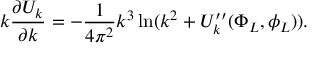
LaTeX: k { \frac { \partial U _ { k } } { \partial k } } = - { \frac { 1 } { 4 \pi ^ { 2 } } } k ^ { 3 } \ln ( k ^ { 2 } + U _ { k } ^ { \prime \prime } ( \Phi _ { L } , \phi _ { L } ) ) .